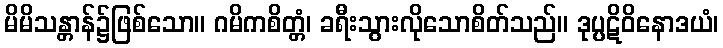
မိမိသန္တာန်၌ဖြစ်သော။ ဂမိကစိတ္တံ၊ ခရီးသွားလိုသောစိတ်သည်။ ဒုပ္ပဋိဝိနောဒယံ၊